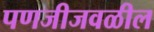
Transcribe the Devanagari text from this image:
पणजीजवळील